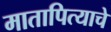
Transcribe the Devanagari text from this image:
मातापित्याचे